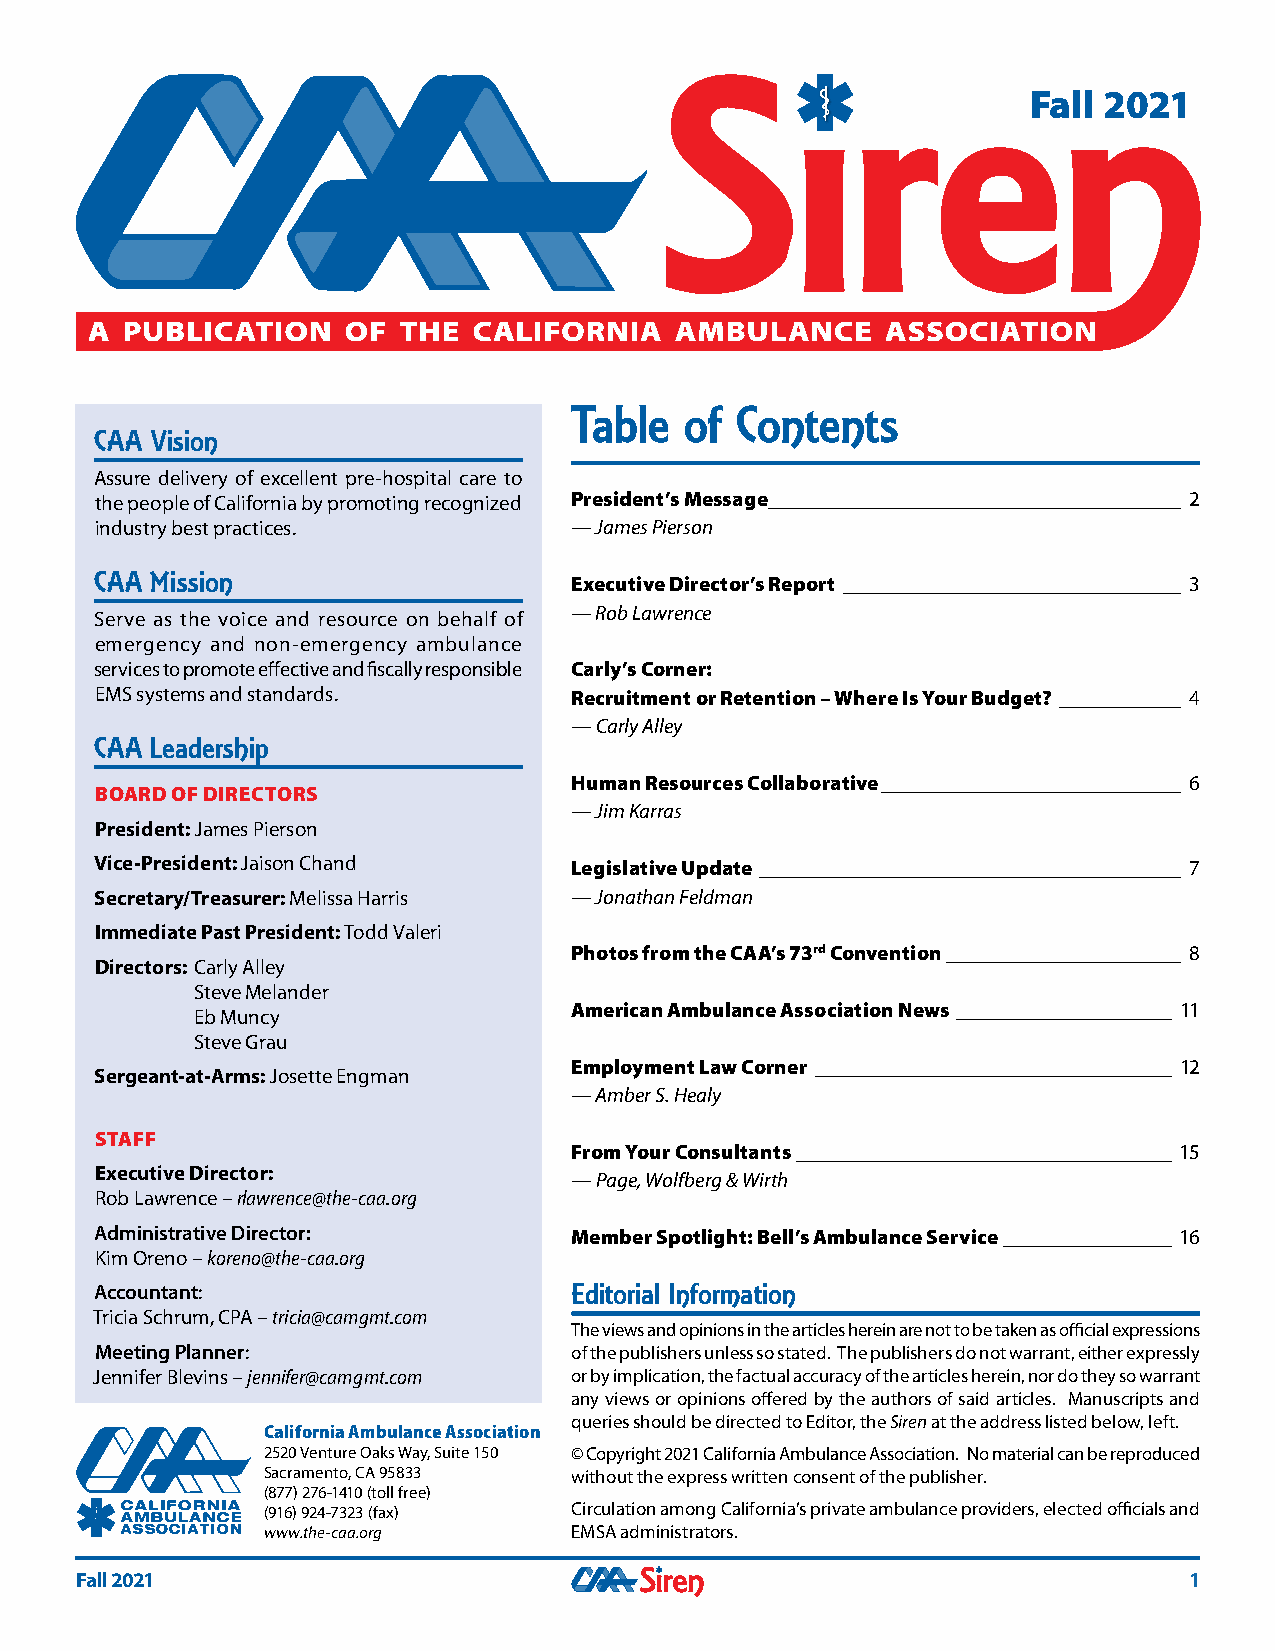
Fall 2021
 Table  of  Contents
 CAA Vision
 Assure delivery of excellent pre-hospital care to
 the people of California by promoting recognized President’s Message ____________________________________________ 2
 industry best practices.        — James Pierson
 CAA Mission                     Executive Director’s Report ____________________________________ 3
 — Rob Lawrence
 Serve as the voice and resource on behalf of
 emergency and non-emergency ambulance
 services to promote effective and fiscally responsible Carly’s Corner:
 EMS systems and standards.      Recruitment or Retention – Where Is Your Budget? _____________ 4
 — Carly Alley
 CAA Leadership
 Human Resources Collaborative ________________________________ 6
 BOARD OF DIRECTORS
 — Jim Karras
 President: James Pierson
 Vice-President: Jaison Chand    Legislative Update _____________________________________________ 7
 Secretary/Treasurer: Melissa Harris — Jonathan Feldman
 Immediate Past President: Todd Valeri
 Photos from the CAA’s 73rd Convention _________________________ 8
 Directors: Carly Alley
 Steve Melander
 American Ambulance Association News _______________________ 11
 Eb Muncy
 Steve Grau
 Employment Law Corner ______________________________________ 12
 Sergeant-at-Arms: Josette Engman
 — Amber S. Healy
 STAFF
 From Your Consultants ________________________________________ 15
 Executive Director:
 — Page, Wolfberg & Wirth
 Rob Lawrence – rlawrence@the-caa.org
 Administrative Director:        Member Spotlight: Bell’s Ambulance Service __________________ 16
 Kim Oreno – koreno@the-caa.org
 Accountant:                     Editorial Information
 Tricia Schrum, CPA – tricia@camgmt.com
 The views and opinions in the articles herein are not to be taken as official expressions
 Meeting Planner:                of the publishers unless so stated. The publishers do not warrant, either expressly
 Jennifer Blevins – jennifer@camgmt.com or by implication, the factual accuracy of the articles herein, nor do they so warrant
 any views or opinions offered by the authors of said articles. Manuscripts and
 queries should be directed to Editor, the Siren at the address listed below, left.
 California Ambulance Association
 2520 Venture Oaks Way, Suite 150 © Copyright 2021 California Ambulance Association. No material can be reproduced
 Sacramento, CA 95833 without the express written consent of the publisher.
 (877) 276-1410 (toll free)
 (916) 924-7323 (fax) Circulation among California’s private ambulance providers, elected officials and
 www.the-caa.org      EMSA administrators.
 Fall 2021                                                                 1